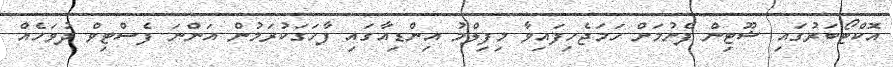
އޮކްޓޯބަރުގައި ޝޫޓިން ފެށުމަށް ހަމަޖެހިފައިވާ މިފިލްމު އިންޑިއާގައި ފާހަގަކުރަމުން އަންނަ ފެސްޓިވް ދުވަހެއް